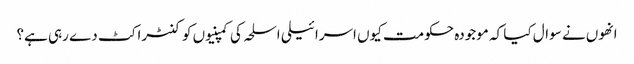
انھوں نے سوال کیا کہ موجودہ حکومت کیوں اسرائیلی اسلحہ کی کمپنیوں کو کنٹراکٹ دے رہی ہے؟